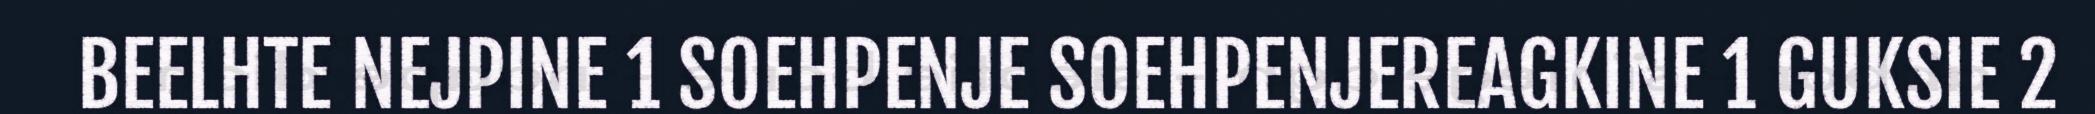
BEELHTE NEJPINE 1 SOEHPENJE SOEHPENJEREAGKINE 1 GUKSIE 2